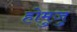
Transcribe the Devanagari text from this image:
होमुजु